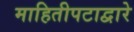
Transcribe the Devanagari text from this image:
माहितीपटाद्वारे